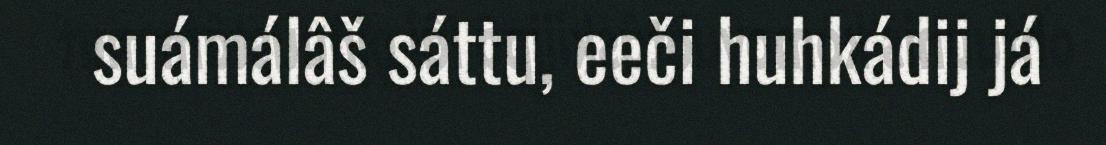
suámálâš sáttu, eeči huhkádij já